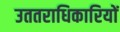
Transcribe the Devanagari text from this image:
उततराधिकारियों